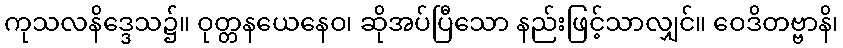
ကုသလနိဒ္ဒေသ၌။ ဝုတ္တနယေနေဝ၊ ဆိုအပ်ပြီသော နည်းဖြင့်သာလျှင်။ ဝေဒိတဗ္ဗာနိ၊